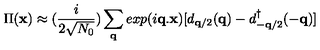
\Pi ( { \bf { x } } ) \approx ( \frac { i } { 2 \sqrt { N _ { 0 } } } ) \sum _ { { \bf { q } } } e x p ( i { \bf { q . x } } ) [ d _ { { \bf { q } } / 2 } ( { \bf { q } } ) - d _ { - { \bf { q } } / 2 } ^ { \dagger } ( - { \bf { q } } ) ]